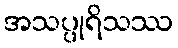
အသပ္ပုရိသဿ